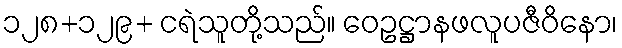
၁၂၈+၁၂၉+ ငရဲသူတို့သည်။ ဝေဥဋ္ဌာနဖလူပဇီဝိနော၊